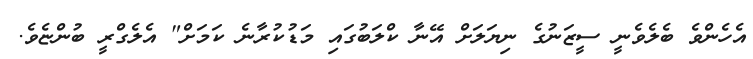
އެހެންވެ ބެލެވެނީ ސީޒަނުގެ ނިޔަލަށް އޭނާ ކްލަބުގައި މަޑުކުރާނެ ކަމަށް" އެލެގްރީ ބުންޏެވެ.